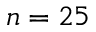
n = 2 5